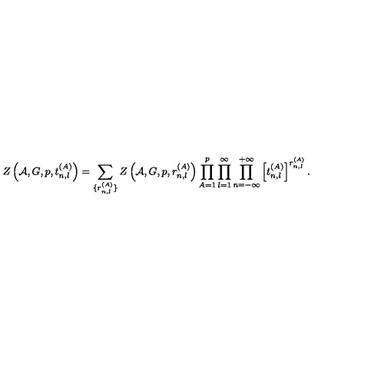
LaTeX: Z \left( { \cal A } , G , p , t _ { n , l } ^ { ( A ) } \right) = \sum _ { \{ r _ { n , l } ^ { ( A ) } \} } Z \left( { \cal A } , G , p , r _ { n , l } ^ { ( A ) } \right) \prod _ { A = 1 } ^ { p } \prod _ { l = 1 } ^ { \infty } \prod _ { n = - \infty } ^ { + \infty } \left[ t _ { n , l } ^ { ( A ) } \right] ^ { r _ { n , l } ^ { ( A ) } } .